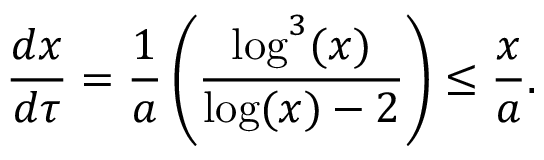
\frac { d x } { d \tau } = \frac { 1 } { a } \left( \frac { \log ^ { 3 } ( x ) } { \log ( x ) - 2 } \right) \leq \frac { x } { a } .